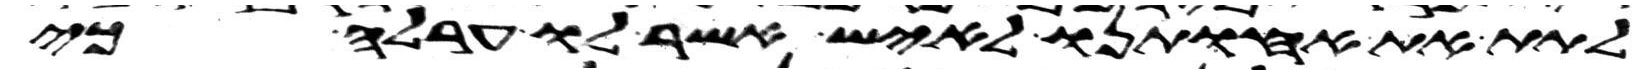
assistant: לתת את אחותנו לאיש אשר לו ערלה כי